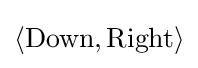
\langle {\text{Down}},{\text{Right}}\rangle